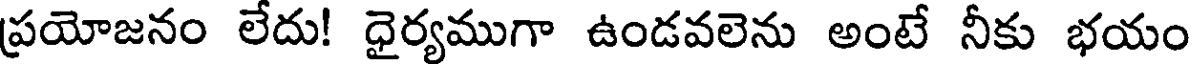
ప్రయోజనం లేదు! ధైర్యముగా ఉండవలెను అంటే నీకు భయం